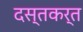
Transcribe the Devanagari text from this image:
दस्तकर्त